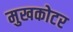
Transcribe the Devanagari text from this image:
मुखकोटर